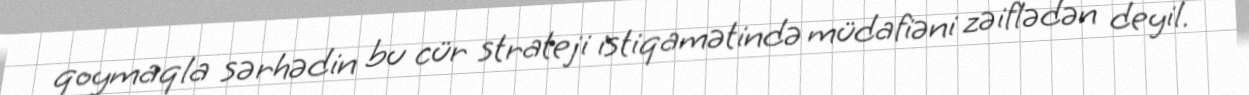
qoymaqla sərhədin bu cür strateji istiqamətində müdafiəni zəiflədən deyil.